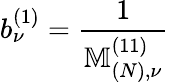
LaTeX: b_{\nu}^{(1)}=\frac{1}{\mathbb{M}_{(N),\nu}^{(11)}}